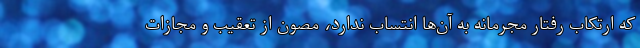
که ارتکاب رفتار مجرمانه به آن‌ها انتساب ندارد، مصون از تعقیب و مجازات